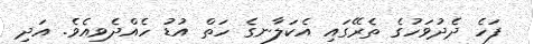
ފަހެ ދެދުވަހުގެ ތެރޭގައި އެކަލާނގެ ހަތް އުޑު ހެއްދެވިއެވެ. އަދި